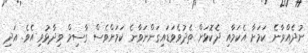
ނުދެއްވާނެ ކަމަށާ އެކަމާއި ދެކޮޅަށް ތެދުވެވަޑައިގަންނަވާނެ ކަމަށްވެސް ގާސިމް ވިދާޅުވި އެވެ. އަދި